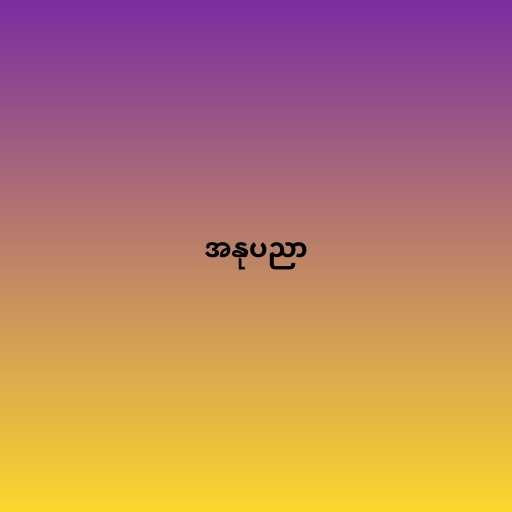
အနုပညာ